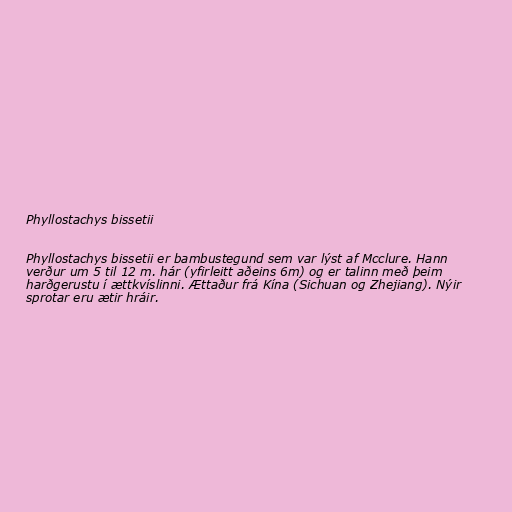
Phyllostachys bissetii

Phyllostachys bissetii er bambustegund sem var lýst af Mcclure. Hann
verður um 5 til 12 m. hár (yfirleitt aðeins 6m) og er talinn með þeim
harðgerustu í ættkvíslinni. Ættaður frá Kína (Sichuan og Zhejiang). Nýir
sprotar eru ætir hráir.